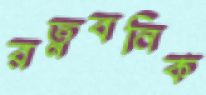
রত্নবনিক